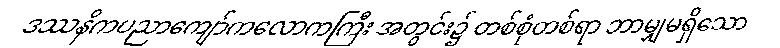
ဒဿနိကပညာကျော်ကလောကကြီး အတွင်း၌ တစ်စုံတစ်ရာ ဘာမျှမရှိသော